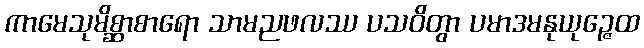
ကာမေသုမိစ္ဆာစာရော သာမညဖလဿ ပသဝိတွာ ပမာဒမနုယုဉ္ဇေထ